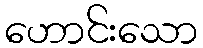
ဟောင်းသော